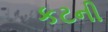
કટની